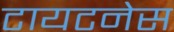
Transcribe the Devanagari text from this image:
टायटनेस